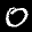
Label: 0